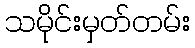
သမိုင်းမှတ်တမ်း